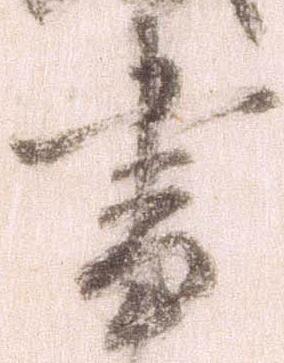
書